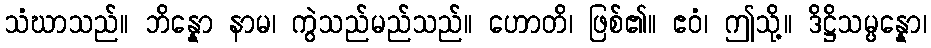
သံဃာသည်။ ဘိန္နော နာမ၊ ကွဲသည်မည်သည်။ ဟောတိ၊ ဖြစ်၏။ ဧဝံ၊ ဤသို့။ ဒိဋ္ဌိသမ္ပန္နော၊